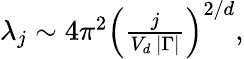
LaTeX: \begin{array}{r}{\lambda_{j}\sim 4\pi^{2}\left(\frac{j}{V_{d}\, \vert\Gamma\vert}\right)^{2/d},}\end{array}